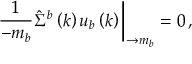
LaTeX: \frac { 1 } { \not { k } - m _ { b } } \hat { \Sigma } ^ { b } \left( k \right) u _ { b } \left( k \right) \bigg | _ { \not { k } \rightarrow m _ { b } } = 0 \, ,